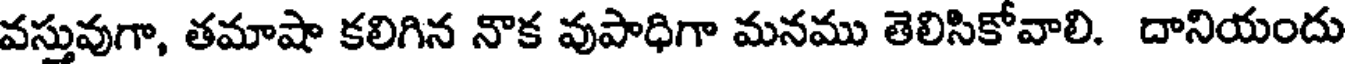
వస్తువుగా, తమాషా కలిగిన నాక వుపాధిగా మనము తెలిసికోవాలి. దానియందు